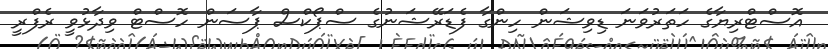
އޮސްޓްރިޔާގެ ހަތަރުވަނަ ޑިވިޝަން ހިންގާ ފެޑަރޭޝަނުގެ ސްޕޯކްސް ޕާސަން ހޮސްޓް ވިދާޅުވީ ރެފްރީ